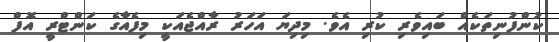
ކުންފުނިތަކެއް ބައިވެރި ކުރި އެވެ. މިދިޔަ އަހަރު ރާއްޖެއަކީ މިފެއާގެ ކަންޓްރީ އޮފް